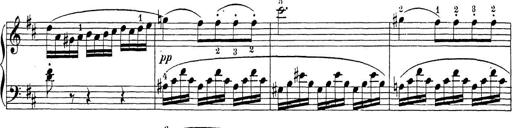
Title: Sonatina Album
Composer: Louis KÃ¶hler